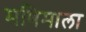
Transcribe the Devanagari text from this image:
मणिमाला